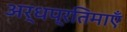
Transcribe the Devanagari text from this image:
अर्धप्रतिमाएँ